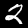
Label: 2